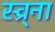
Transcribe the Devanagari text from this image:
स्व्र्ना